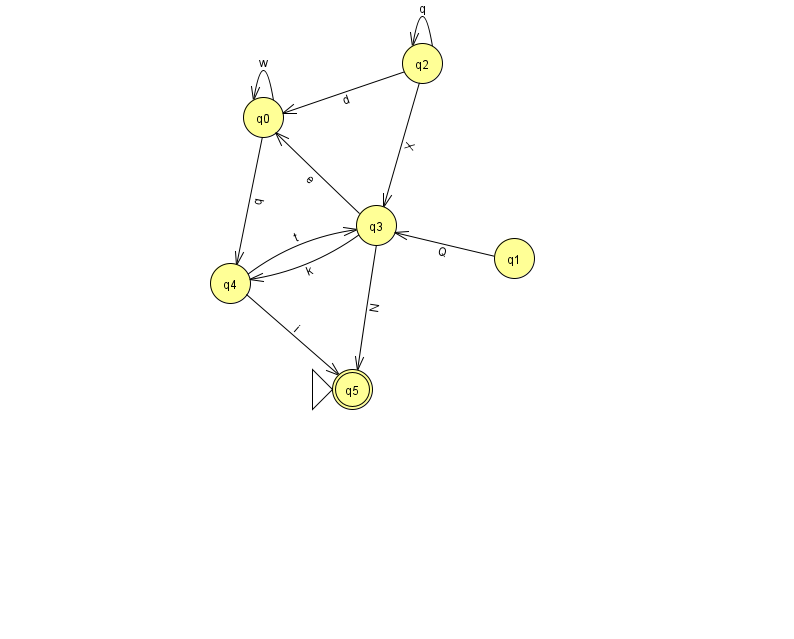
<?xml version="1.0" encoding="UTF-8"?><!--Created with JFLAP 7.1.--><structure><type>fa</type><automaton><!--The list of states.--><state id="0" name="q0"><x>263.0</x><y>104.0</y></state><state id="1" name="q1"><x>514.0</x><y>245.0</y></state><state id="2" name="q2"><x>422.0</x><y>50.0</y></state><state id="3" name="q3"><x>376.0</x><y>212.0</y></state><state id="4" name="q4"><x>230.0</x><y>270.0</y></state><state id="5" name="q5"><x>352.0</x><y>376.0</y><initial/><final/></state><!--The list of transitions.--><transition><from>2</from><to>0</to><read>d</read></transition><transition><from>2</from><to>2</to><read>q</read></transition><transition><from>3</from><to>0</to><read>e</read></transition><transition><from>3</from><to>4</to><read>k</read></transition><transition><from>0</from><to>0</to><read>w</read></transition><transition><from>3</from><to>5</to><read>N</read></transition><transition><from>4</from><to>3</to><read>t</read></transition><transition><from>4</from><to>5</to><read>i</read></transition><transition><from>2</from><to>3</to><read>X</read></transition><transition><from>0</from><to>4</to><read>q</read></transition><transition><from>1</from><to>3</to><read>Q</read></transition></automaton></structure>